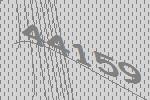
44159